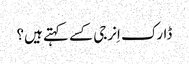
ڈارک اِنرجی کسے کہتے ہیں؟